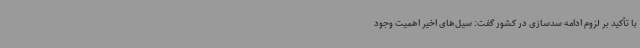
با تأکید بر لزوم ادامه سدسازی در کشور گفت: سیل‌های اخیر اهمیت وجود